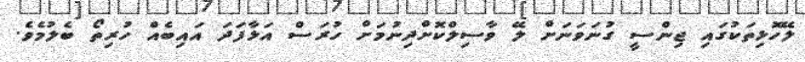
ލޭހޮޅިތަކުގައި ޖިންސީ ގުނަވަނަށް ލޭ ވާސިލްކޮށްދިނުމަށް ހުރަސް އަޅާފަދަ އައިބެއް ހުރިތޯ ބެލުމެވެ.